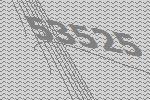
53525